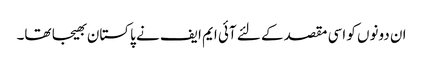
ان دونوں کو اسی مقصد کے لئے آئی ایم ایف نے پاکستان بھیجا تھا۔